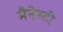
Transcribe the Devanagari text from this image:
मैनेस्टी